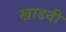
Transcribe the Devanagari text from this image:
खाडवी